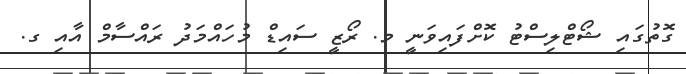
ގޮތުގައި ޝޯޓްލިސްޓު ކޮށްފައިވަނީ މ. ރޯޒީ ސައިޑް މުހައްމަދު ރައްސާމް އާއި ގ.